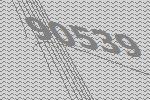
90539